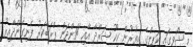
މި ޝޯވގައި ކަޕިލްގެ އިތުރުން ކިކޫ ޝަރްދާ އާއި ޗަންދަން ޕްރަބާކަރު ފެނިގެންދާއިރު